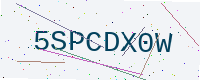
Text: 5SPCDX0W